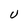
Character: U